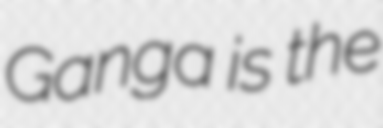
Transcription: Ganga is the